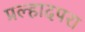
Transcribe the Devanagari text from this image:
प्रल्हादपरा